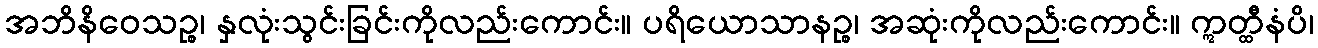
အဘိနိဝေသဉ္စ၊ နှလုံးသွင်းခြင်းကိုလည်းကောင်း။ ပရိယောသာနဉ္စ၊ အဆုံးကိုလည်းကောင်း။ ဣတ္ထီနံပိ၊